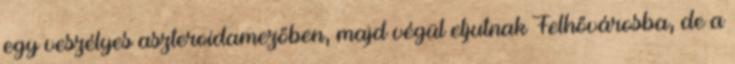
egy veszélyes aszteroidamezőben, majd végül eljutnak Felhővárosba, de a